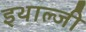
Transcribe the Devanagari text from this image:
इथाल्जी